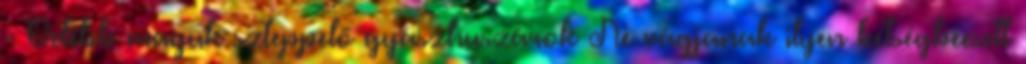
- Odébb maguk szteppelő gyászhuszárok Ne vágjanak ilyen kétségbeesett